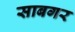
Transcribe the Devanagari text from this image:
साबगर